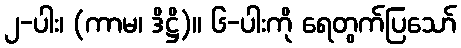
၂-ပါး၊ (ကာမ၊ ဒိဋ္ဌိ)။ ၆-ပါးကို ရေတွက်ပြသော်